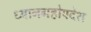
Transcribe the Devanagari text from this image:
ध्यानग्रहोपदेश